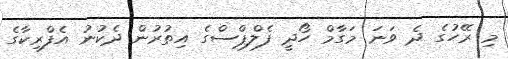
މި ރޭހުގެ ދެ ވަނަ މަގާމް ހޯދީ ފެލްޕްސްގެ އިތުރުން ދެކުނު އެފްރިކާގެ